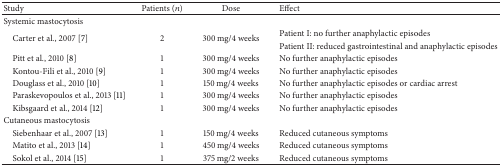
| Study | Patients (n) | Dose | Effect |
 | --- | --- | --- | --- |
 | Systemic mastocytosis |  |  |  |
 | <ROWSPAN=2> Carter et al., 2007 [7] | <ROWSPAN=2> 2 | <ROWSPAN=2> 300 mg/4 weeks | Patient I: no further anaphylactic episodes |
 | Patient II: reduced gastrointestinal and anaphylactic episodes |
 | Pitt et al., 2010 [8] | 1 | 300 mg/4 weeks | No further anaphylactic episodes |
 | Kontou-Fili et al., 2010 [9] | 1 | 300 mg/4 weeks | No further anaphylactic episodes |
 | Douglass et al., 2010 [10] | 1 | 150 mg/4 weeks | No further anaphylactic episodes or cardiac arrest |
 | Paraskevopoulos et al., 2013 [11] | 1 | 300 mg/4 weeks | No further anaphylactic episodes |
 | Kibsgaard et al., 2014 [12] | 1 | 300 mg/4 weeks | No further anaphylactic episodes |
 | Cutaneous mastocytosis |  |  |  |
 | Siebenhaar et al., 2007 [13] | 1 | 150 mg/4 weeks | Reduced cutaneous symptoms |
 | Matito et al., 2013 [14] | 1 | 450 mg/4 weeks | Reduced cutaneous symptoms |
 | Sokol et al., 2014 [15] | 1 | 375 mg/2 weeks | Reduced cutaneous symptoms |